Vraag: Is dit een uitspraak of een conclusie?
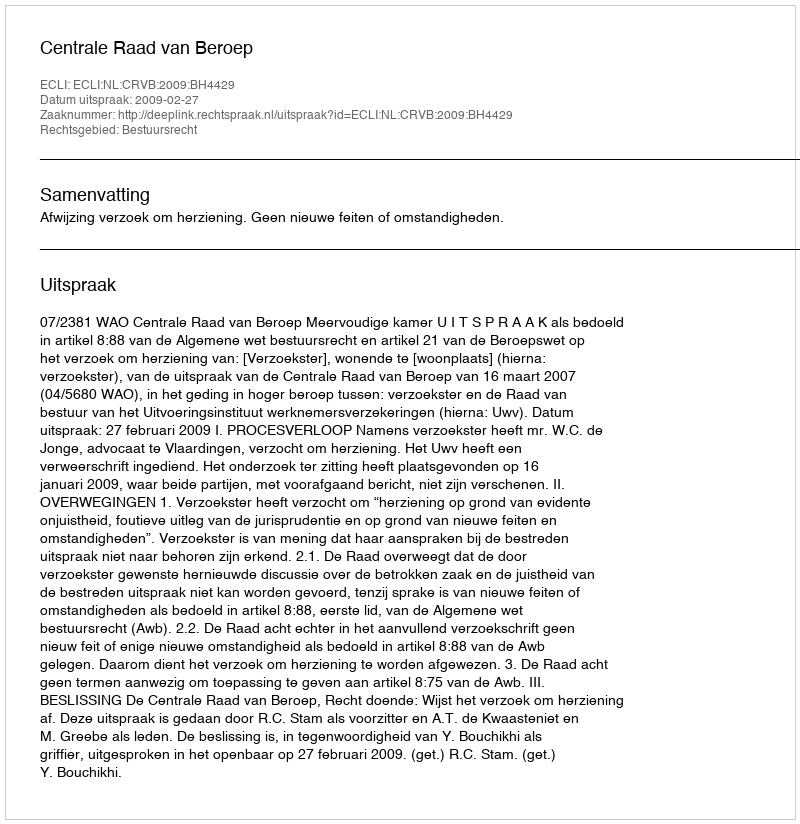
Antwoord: Uitspraak